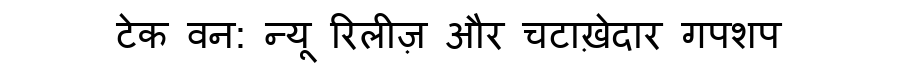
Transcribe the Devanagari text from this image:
टेक वन: न्यू रिलीज़ और चटाख़ेदार गपशप